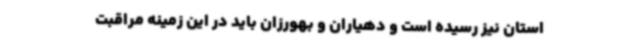
استان نیز رسیده است و دهیاران و بهورزان باید در این زمینه مراقبت